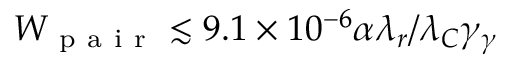
W _ { \mathrm { ~ p ~ a ~ i ~ r ~ } } \lesssim 9 . 1 \times 1 0 ^ { - 6 } \alpha \lambda _ { r } / \lambda _ { C } \gamma _ { \gamma }